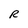
Character: R